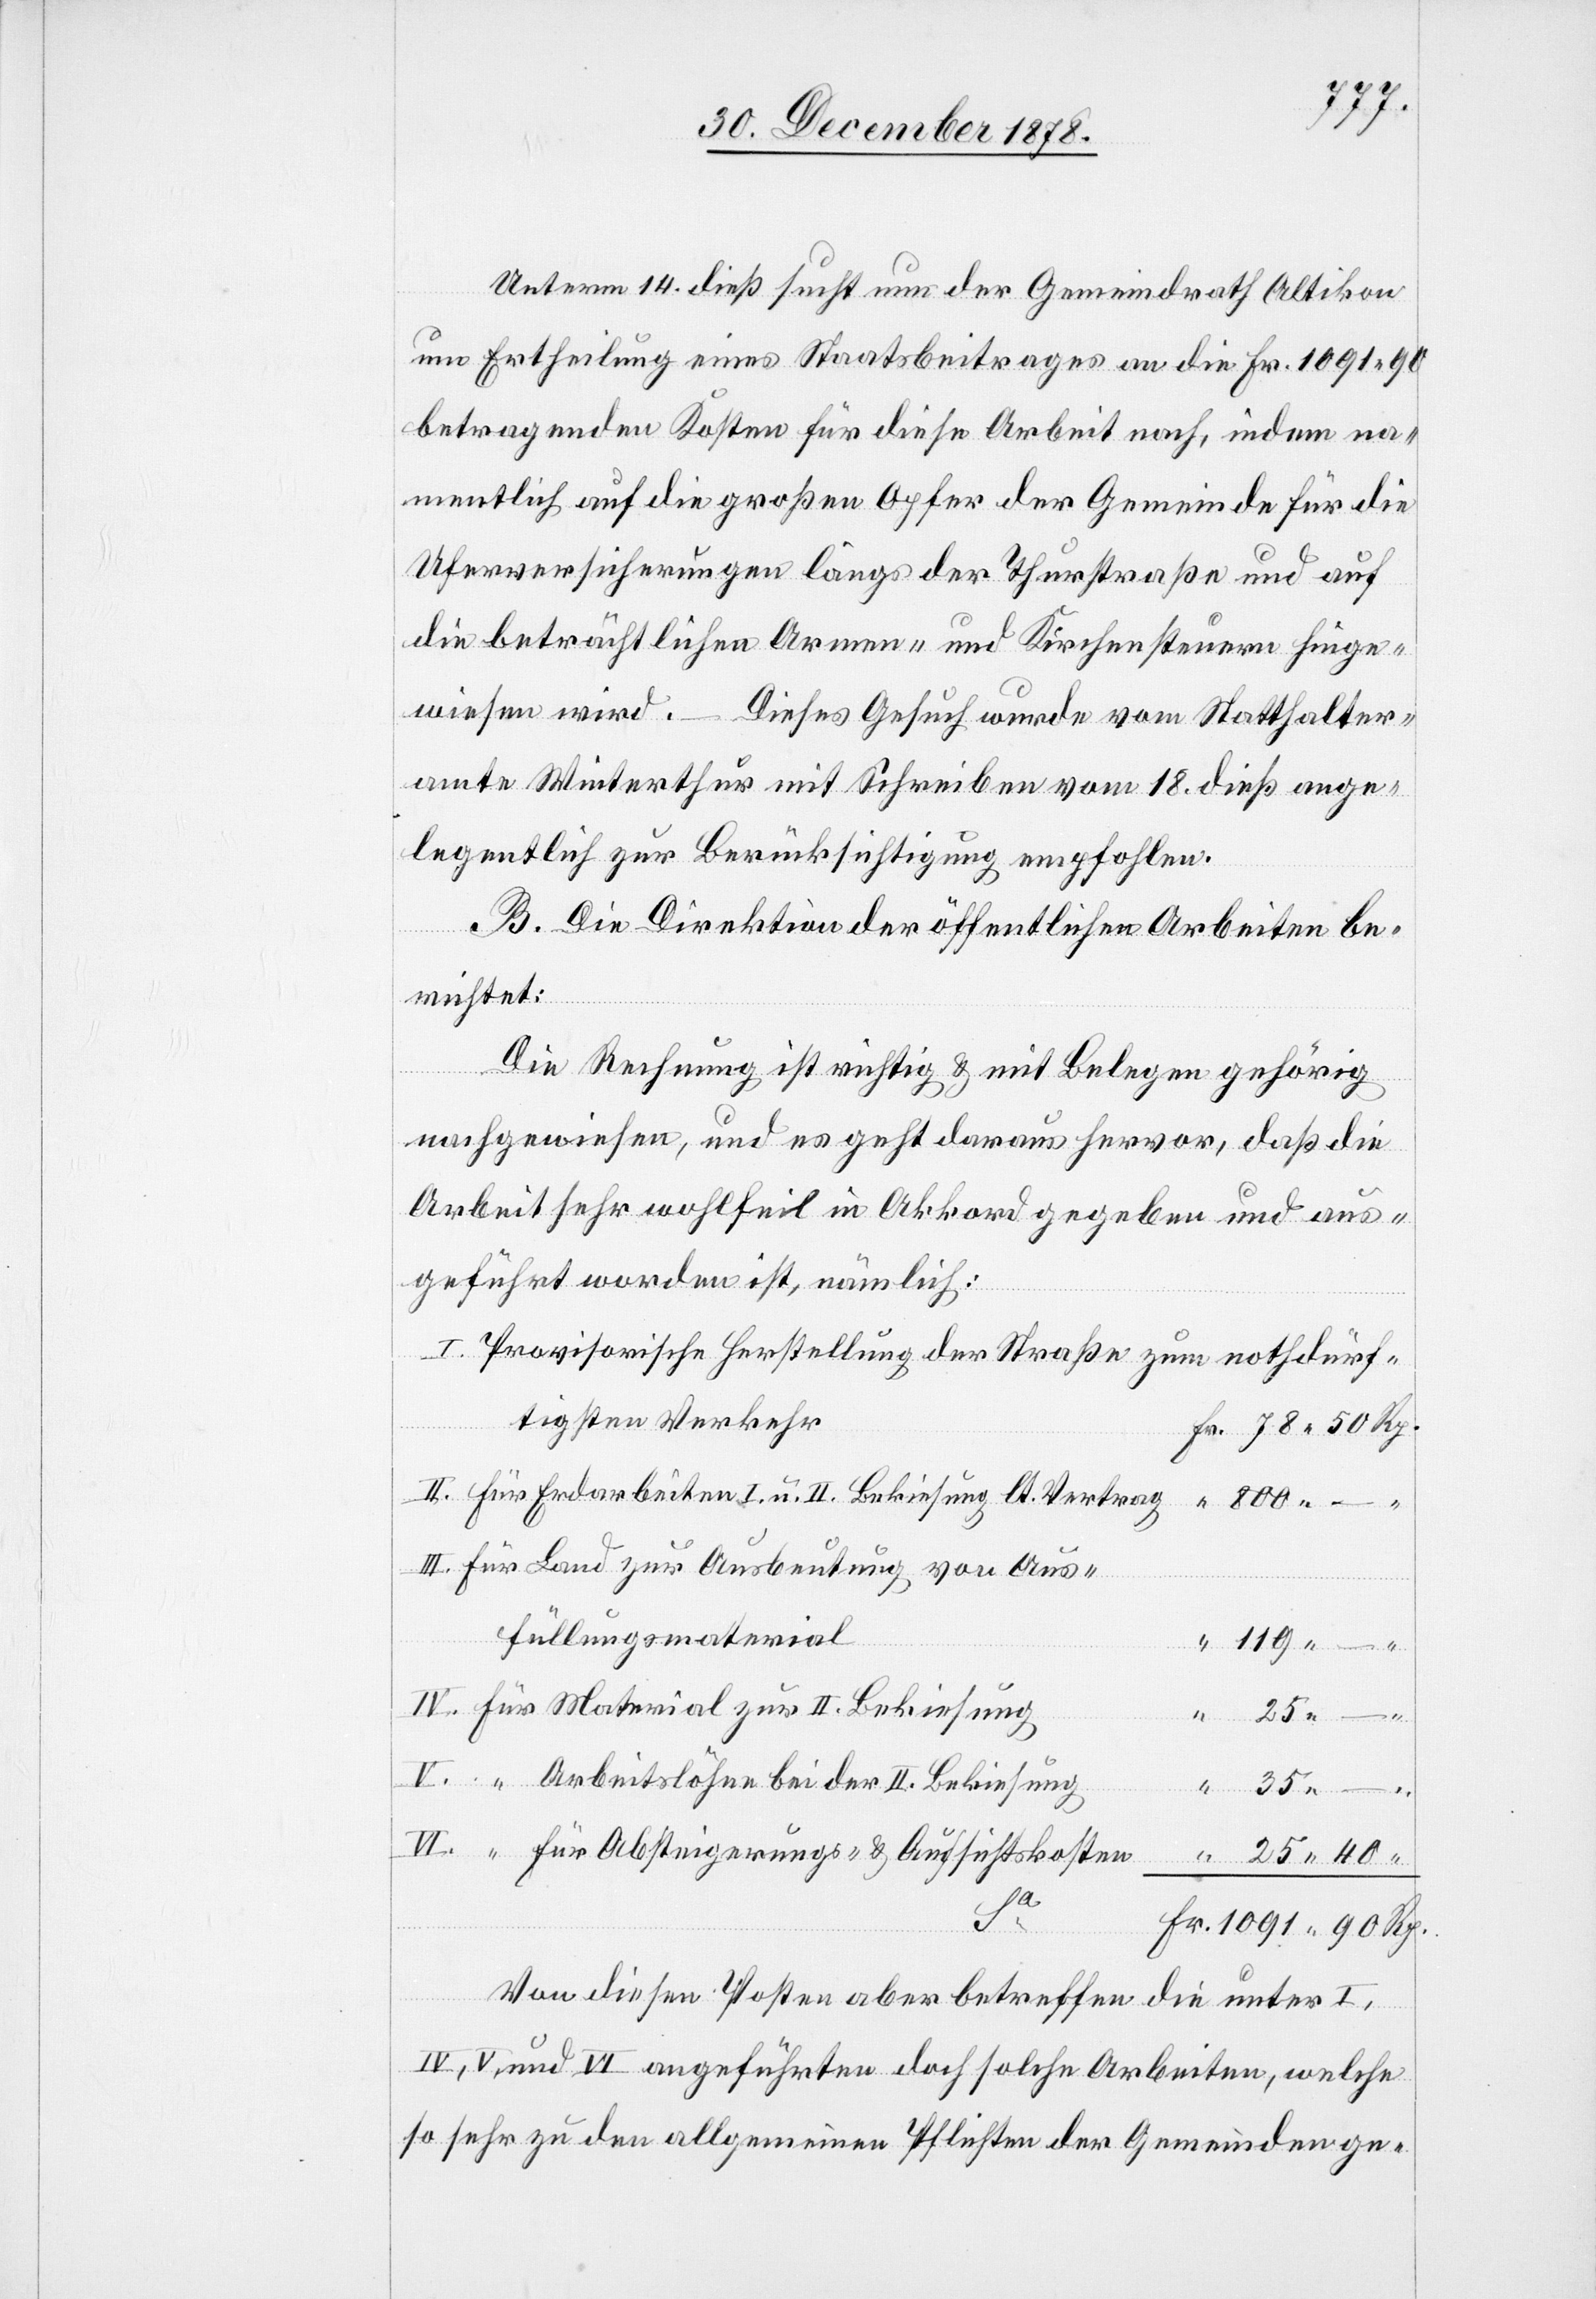
Unterm 14. dieß sucht nun der Gemeindrath Altikon
um Ertheilung eines Staatsbeitrages an die Fr. 1091 90
betragenden Kosten für diese Arbeit nach, indem na¬
mentlich auf die großen Opfer der Gemeinde für die
Uferversicherungen längs der Thurstraße und auf
die beträchtlichen Armen- und Kirchensteuern hinge¬
wiesen wird. Dieses Gesuch wurde vom Statthalter¬
amte Winterthur mit Schreiben vom 18. dieß ange¬
legentlich zur Berücksichtigung empfohlen.
B. Die Direktion der öffentlichen Arbeiten be¬
richtet:
Die Rechnung ist richtig & mit Belegen gehörig
nachgewiesen, und es geht daraus hervor, daß die
Arbeit sehr wohlfeil in Akkord gegeben und aus¬
geführt worden ist, nämlich:
Provisorische Herstellung der Straße zum nothdürf¬
tigsten Verkehr
Für Erdarbeiten I. u. II. Bekiesung lt. Vertrag
Für Land zur Ausbeutung von Aus¬
füllungsmaterial
Für Material zur II. Bekiesung
25
“ Arbeitslöhne bei der II. Bekiesung
Für [sic!] Absteigerungs- & Aufsichtskosten
“
Rp.
Von diesen Posten aber betreffen die unter I.,
IV, V, und VI angeführten doch solche Arbeiten, welche
so sehr zu den allgemeinen Pflichten der Gemeinden ge-